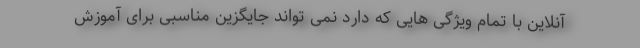
آنلاین با تمام ویژگی هایی که دارد نمی تواند جایگزین مناسبی برای آموزش